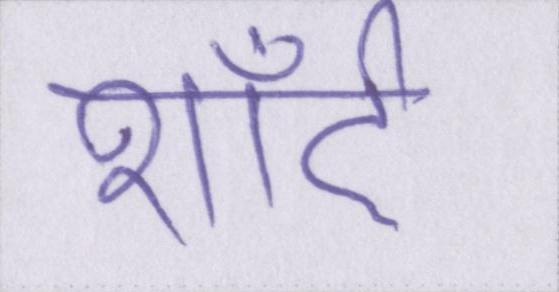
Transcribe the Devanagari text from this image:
शॉर्ट